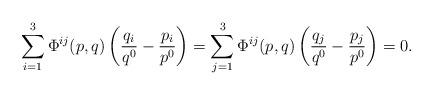
LaTeX: \begin{align*} \sum_{i=1}^3\Phi^{ij}(p,q)\left(\frac{q_i}{q^0}-\frac{p_i}{p^0}\right)=\sum_{j=1}^3\Phi^{ij}(p,q)\left(\frac{q_j}{q^0}-\frac{p_j}{p^0}\right)=0.\end{align*}